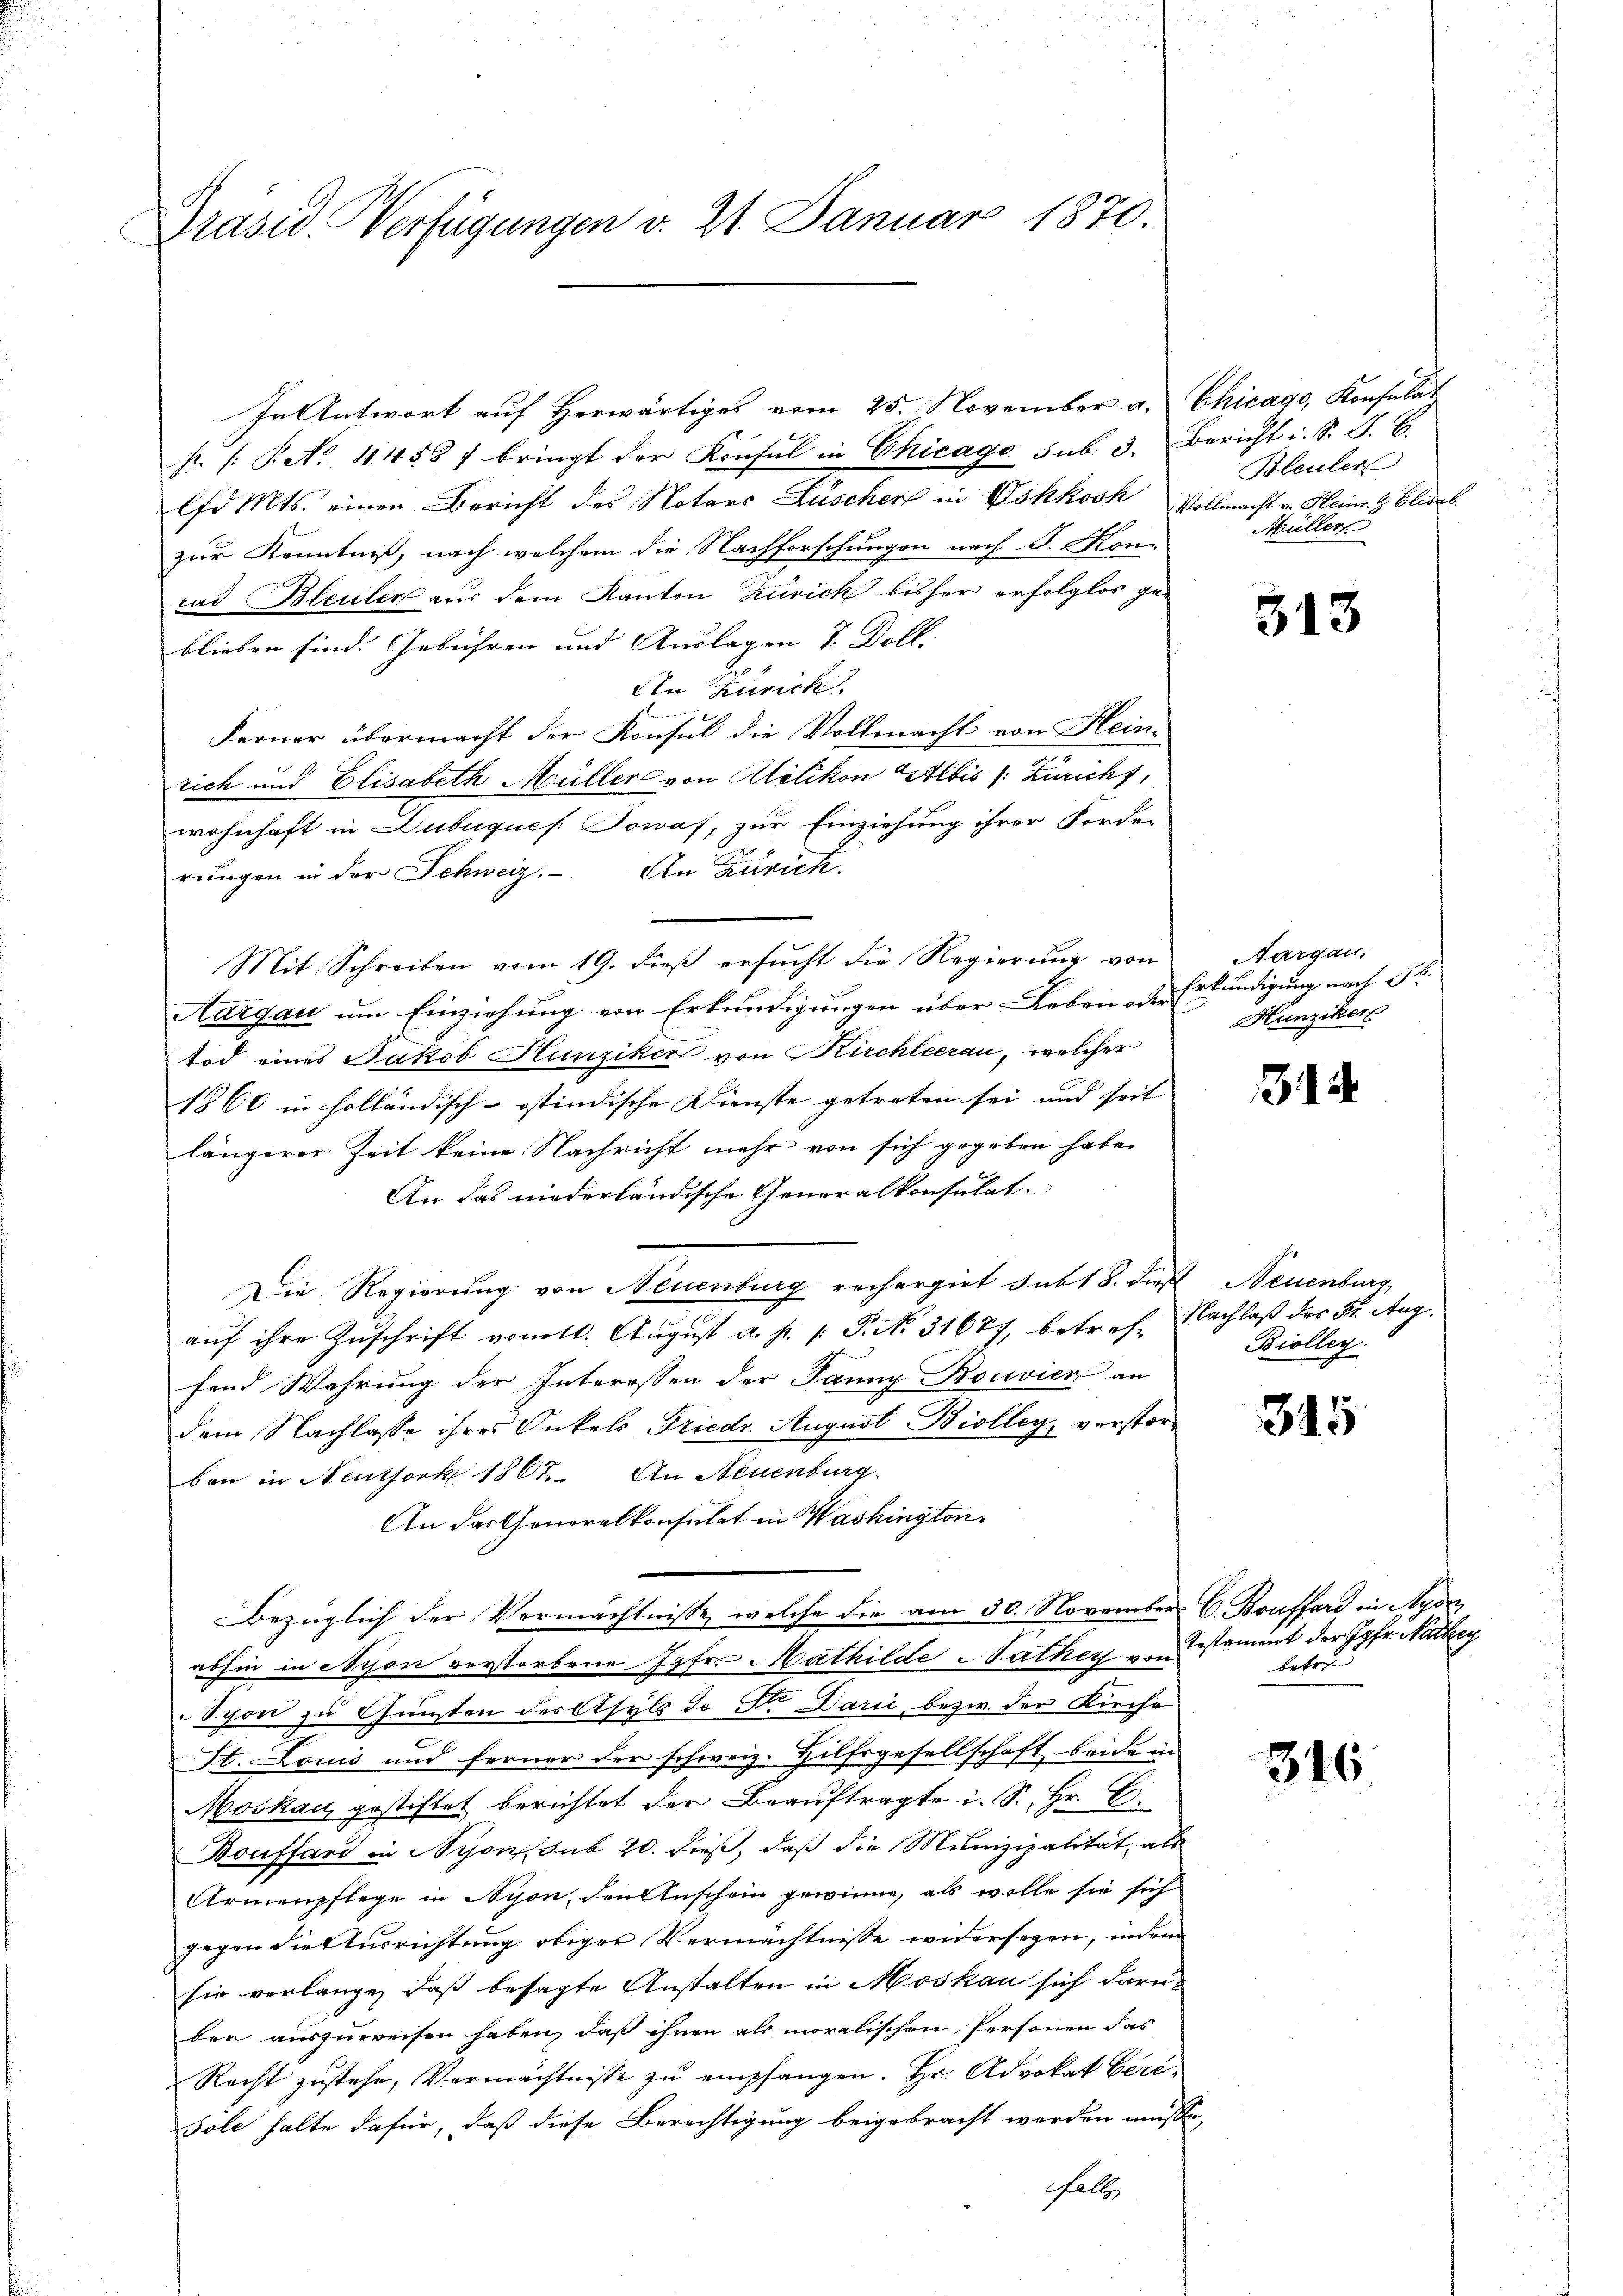
Präsid. Verfügungen v. 21. Januar 1870.

In Antwort auf Herwärtiges vom 25. November a. Chicago, Konsulat

P. /: Pct. 4458 f bringt der Konsul in Chicago sub 3. Bericht i. S. J. C.
lfd Mts. einen Bericht des Notars Lüscher in Gskkosh Vollmacht v. Heinr. H. Elisel
zur Kenntniß, nach welchem die Nachforschungen nach S. Kon-
rad Bleuler aus dem Kanton Zürich bisher erfolglos geblieben sind. Gebühren und Auslagen 7. Dell.
An Zürich.
Ferner übermacht der Konsul die Vollmacht von Hein-
rich und Elisabeth Müller von Kletikon Albis (: Züricht,
wohnhaft in Dubuques. Sowaf, zur Einziehung ihrer Forder
rungen in der Schweiz. An Zürich.
Mit Schreiben vom 19. dieß ersucht die Regierung von
Aargau um Einziehung von Erkundigungen über Leben oder Erkundigung nach Gr
tod eines Jakob Hunziker von Kirchleerau, welcher
1860 in holländisch-ostindische Dienste getreten sei und seit |
längerer Zeit keine Nachricht mehr von sich gegeben habe.
An das niederländische Generalkonsulat
Die Regierung von Neuenburg rechergiet sub 18. dieß Neuenburg
aŭf ihre Zuschrift vom 10. August a. p. /: P. Nr. 31677, betref Nachlaß des 5. Aug.
fend Wahrung der Interessen der Janny Bouvier an
dem Nachlasse ihres Onkels Friedr. August Biolleg, verstorben in Neuthork 1865. An Neuenburg.
An das Generalkonsulat in Washington
Bezüglich der Vermächtnisse, welche die am 30. November. C. Boufferd in Nyon,
abhin in Nyon verstorbene Jgfr. Mathilde Nather von Testament der Jgfr. Nathey
Syon zu Gunsten der Asyls de Sr. Darić, bezw. der Kirche
St. Louis und ferner der schweiz. Hilfsgesellschaft beide in
Moskau gestiftet berichtet der Beauftragte i. S. Hr. C.
Bouffand in Nyon sub 20. dieß, daß die Munizipalität, als
Armenpflege in Nyon, den Anschein gewinne, als wolle sie sich
gegen die Ausrichtung obiger Vermächtnisse widersezen, indem
sie verlange, daß besagte Anstalten in Moskau sich darüber auszuweisen haben, daß ihnen als moralischen Personen das
Recht zustehe, Vermächtnisse zu empfangen. Hr. Advokat beri¬
Söle halte dafür, daß diese Berechtigung beigebracht werden müsse,
Fall

Bleuler
Müller

313

Aargau.
Hunziker

1

Biolleg

345

betre

316